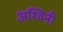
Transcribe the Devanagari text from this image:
अश्‍विनी